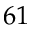
6 1